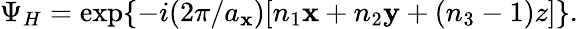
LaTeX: \Psi_{H}=\exp\{ -i(2\pi/a_{\mathbf{x}})[n_{1}\mathbf{x}+n_{2}\mathbf{y}+(n_{3}-1)z]\} .